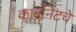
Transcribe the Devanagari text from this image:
कार्बोनेटचे